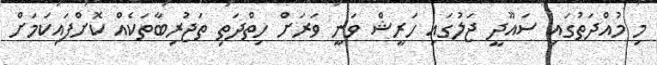
މި މުއްދަތުގައި ސައޫދީ ޖަލުގައި ހަރީޝް ވަނީ ވަރަށް ހިތްދަތި ތަޖުރިބާތަކެއް ކޮށްފައިކަމަށް